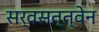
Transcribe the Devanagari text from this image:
सर्वसत्त्वेन